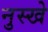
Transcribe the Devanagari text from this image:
नुस्‍खे